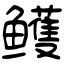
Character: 鳠